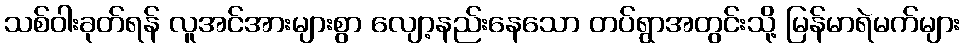
သစ်ဝါးခုတ်ရန် လူအင်အားများစွာ လျော့နည်းနေသော တပ်ရွာအတွင်းသို့ မြန်မာရဲမက်များ